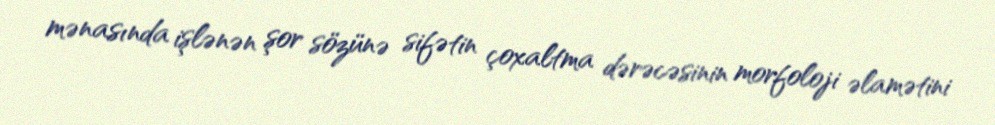
mənasında işlənən şor sözünə sifətin çoxaltma dərəcəsinin morfoloji əlamətini